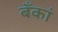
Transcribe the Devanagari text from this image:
बँकां